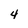
Character: 4